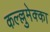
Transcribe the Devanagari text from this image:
कल्ल्लुमेक्का